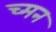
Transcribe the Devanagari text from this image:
च्मन